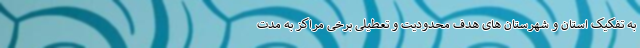
به تفکیک استان و شهرستان های هدف محدودیت و تعطیلی برخی مراکز به مدت